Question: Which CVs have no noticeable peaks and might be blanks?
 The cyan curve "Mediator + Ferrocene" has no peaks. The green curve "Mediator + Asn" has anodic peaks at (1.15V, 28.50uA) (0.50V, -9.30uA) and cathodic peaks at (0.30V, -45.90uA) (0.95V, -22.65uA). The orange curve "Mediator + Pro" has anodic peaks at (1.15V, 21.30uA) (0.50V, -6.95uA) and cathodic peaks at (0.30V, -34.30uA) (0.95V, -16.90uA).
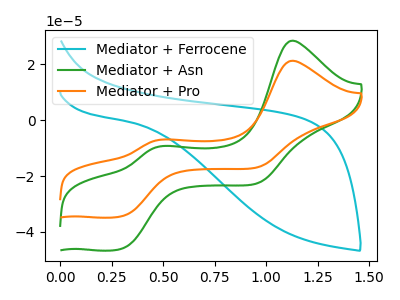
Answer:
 <answer>"Mediator + Ferrocene" is likely to be a blank.</answer>
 <eval>Mediator + Ferrocene</eval>